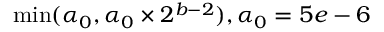
\operatorname* { m i n } ( \alpha _ { 0 } , \alpha _ { 0 } \times 2 ^ { b - 2 } ) , \alpha _ { 0 } = 5 e - 6